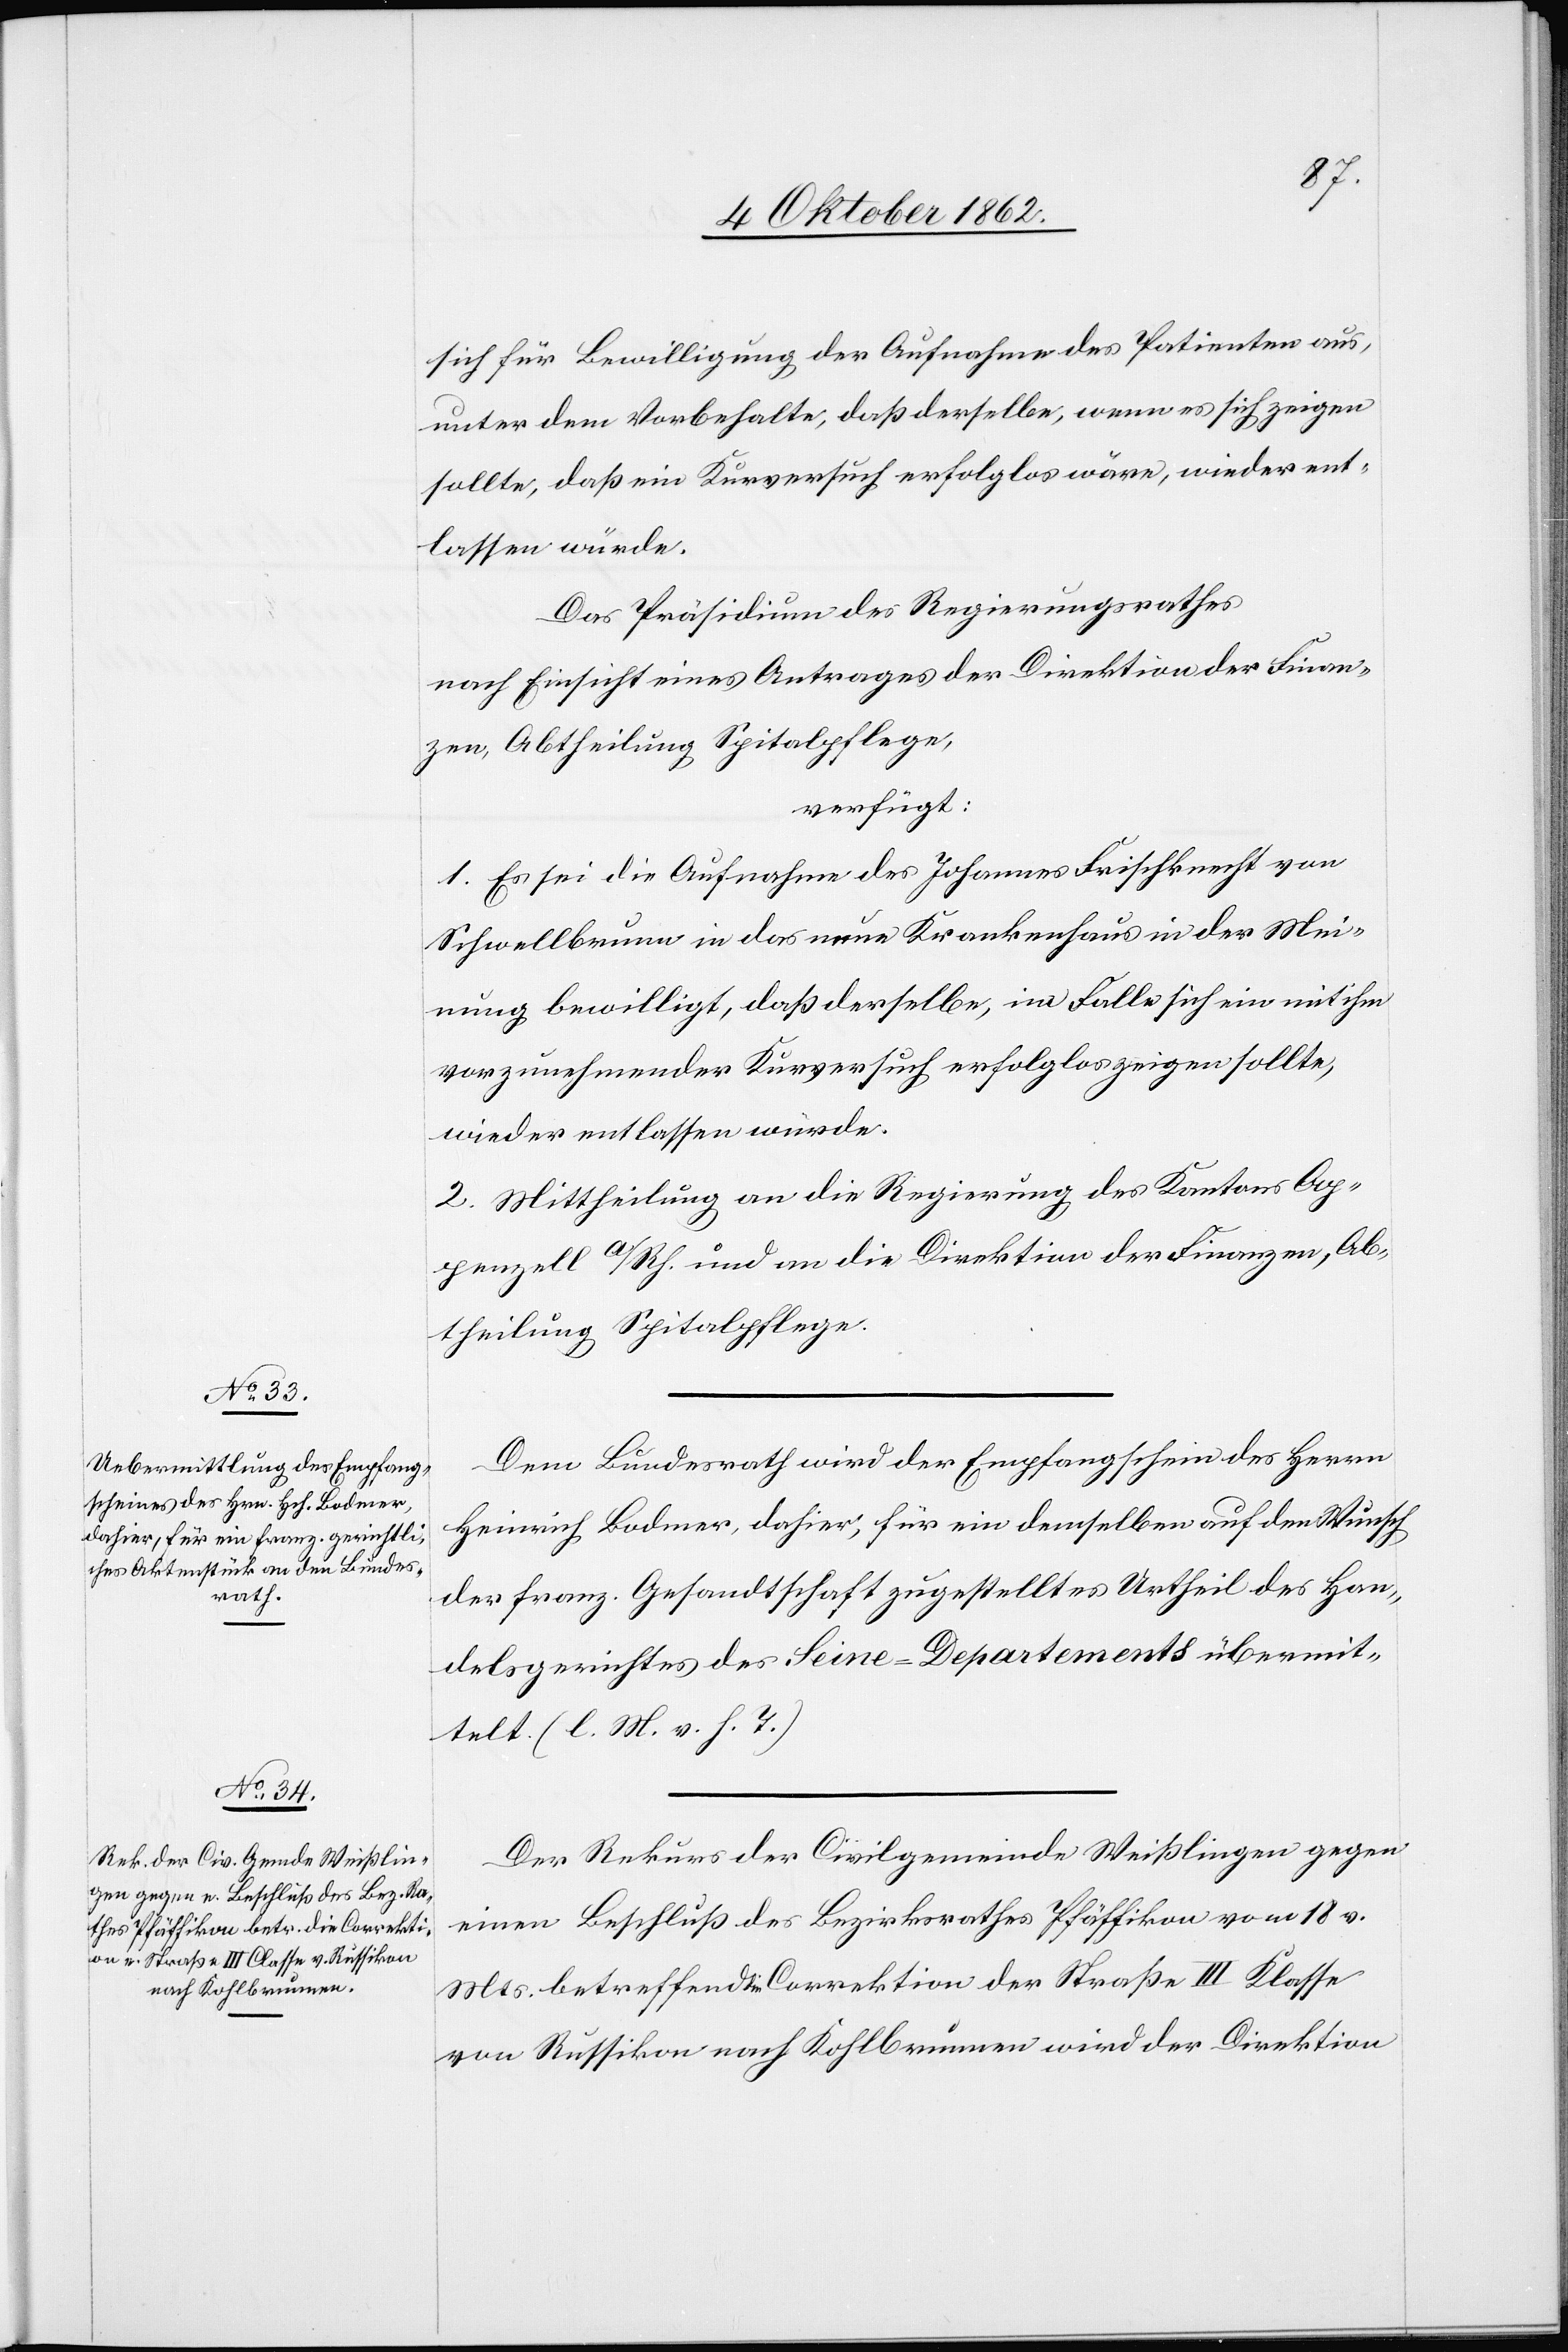
6. Oktober 1862.]
sich für Bewilligung der Aufnahme des Patienten aus,
unter dem Vorbehalte, daß derselbe, wenn es sich zeigen
sollte, daß ein Kurversuch erfolglos wäre, wieder ent¬
lassen würde.
Das Präsidium des Regierungsrathes
nach Einsicht eines Antrages der Direktion der Finan¬
zen, Abtheilung Spitalpflege,
verfügt:
1. Es sei die Aufnahme des Johannes Frischknecht von
Schwellbrunn in das neue Krankenhaus in der Mei¬
nung bewilligt, daß derselbe, im Falle sich ein mit ihm
vorzunehmender Kurversuch erfolglos zeigen sollte,
wieder entlassen würde.
2. Mittheilung an die Direktion des Kantons Ap¬
penzell A/RH. und an die Direktion der Finanzen, Ab¬
theilung Spitalpflege.
Dem Bundesrath wird der Empfangschein des Herrn
Heinrich Bodmer, dahier, für ein demselben auf den Wunsch
der franz. Gesandtschaft zugestelltes Urtheil des Han¬
delsgerichtes des Seine-Departements übermit¬
telt. (l. M. v. h. T.)
Der Rekurs der Civilgemeinde Weißlingen gegen
einen Beschluß des Bezirksrathes Pfäffikon vom 18. v.
Mts. betreffend Correktion der Straße III. Klasse
von Russikon nach Kohlbrunnen wird der Direktion